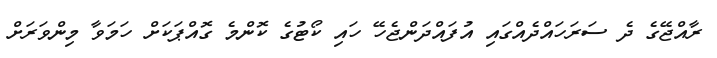
ރާއްޖޭގެ ދެ ސަރަހައްދެއްގައި އުފައްދަންޖެހޭ ހައި ކޯޓުގެ ކޮންމެ ގޮއްޕަކަށް ހަމަވާ މިންވަރަށް